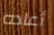
أعاده